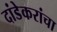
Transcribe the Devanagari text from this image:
दांडेकरांचा